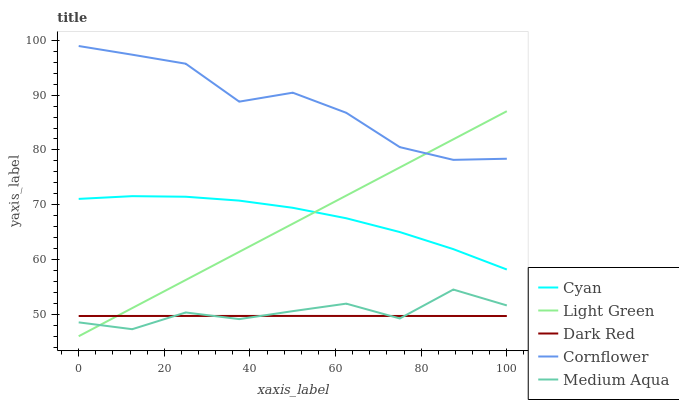
| xaxis_label | Cyan | Light Green | Dark Red | Cornflower | Medium Aqua |
 | --- | --- | --- | --- | --- | --- |
 | 0 | 71.1 | 46 | 49.7 | 99 | 48.5 |
 | 12.5 | 71.6 | 51.1 | 49.7 | 97.4 | 47.3 |
 | 25 | 71.5 | 56.3 | 49.7 | 95.7 | 50.3 |
 | 37.5 | 70.8 | 61.4 | 49.7 | 88.8 | 49.1 |
 | 50 | 69.4 | 66.5 | 49.7 | 90.5 | 50.6 |
 | 62.5 | 67.5 | 71.7 | 49.7 | 86.8 | 52 |
 | 75 | 65 | 76.8 | 49.7 | 80.5 | 49.2 |
 | 87.5 | 61.9 | 81.9 | 49.7 | 78.2 | 54.5 |
 | 100 | 58.2 | 87.1 | 49.7 | 78.4 | 51.6 |